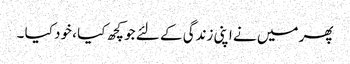
پھر میں نے اپنی زندگی کے لئے جو کچھ کیا ، خود کیا ۔